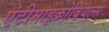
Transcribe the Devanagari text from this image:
एंटीमाइक्रोबियल्स